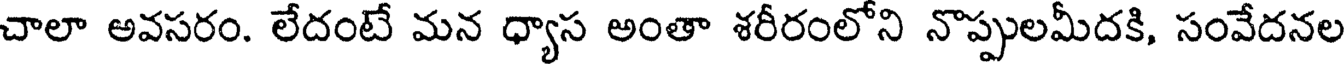
చాలా అవసరం. లేదంటే మన ధ్యాస అంతా శరీరంలోని నొప్పులమీదకి, సంవేదనల